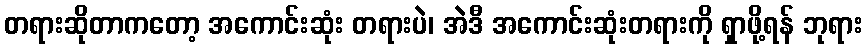
တရားဆိုတာကတော့ အကောင်းဆုံး တရားပဲ၊ အဲဒီ အကောင်းဆုံးတရားကို ရှာဖို့ရန် ဘုရား